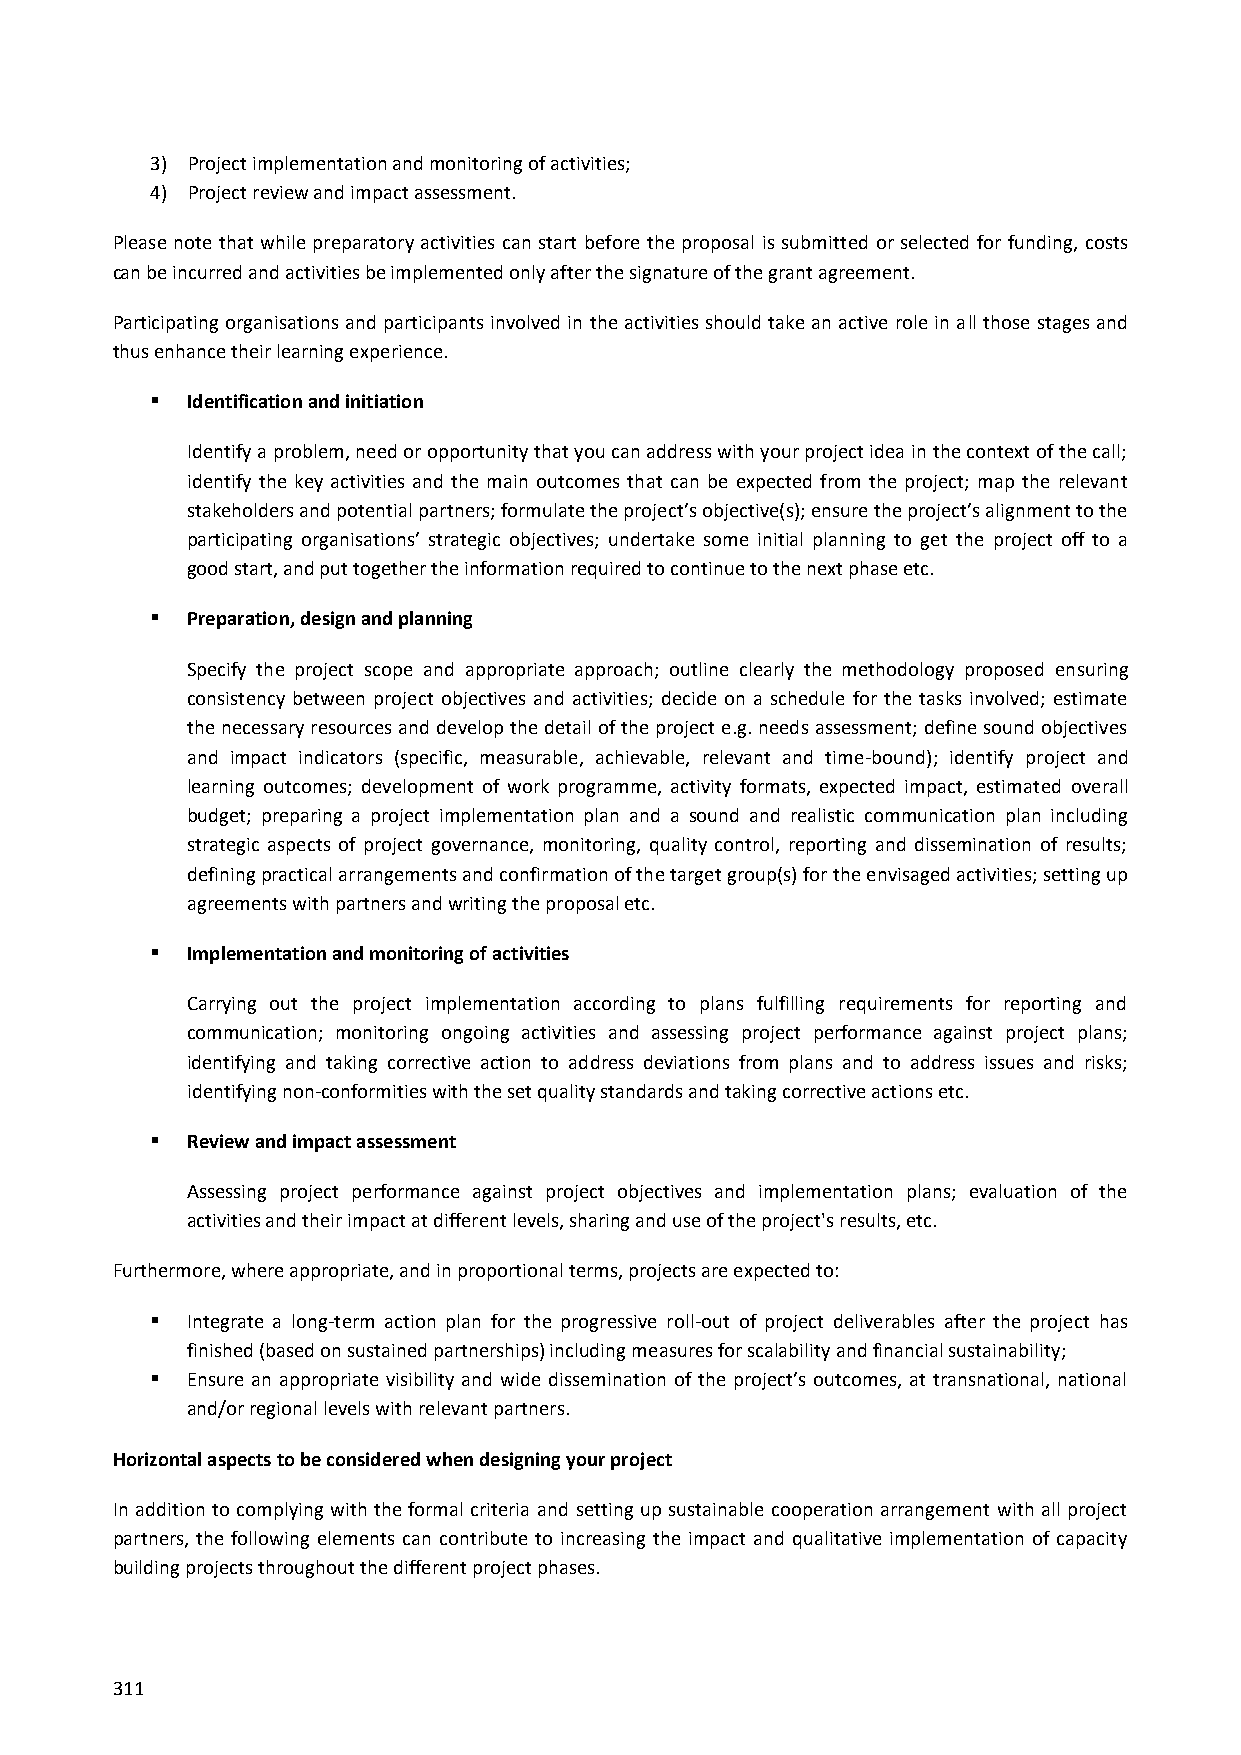
3) Project implementation and monitoring of activities;
 4) Project review and impact assessment.
 Please note that while preparatory activities can start before the proposal is submitted or selected for funding, costs
 can be incurred and activities be implemented only after the signature of the grant agreement.
 Participating organisations and participants involved in the activities should take an active role in all those stages and
 thus enhance their learning experience.
  Identification and initiation
 Identify a problem, need or opportunity that you can address with your project idea in the context of the call;
 identify the key activities and the main outcomes that can be expected from the project; map the relevant
 stakeholders and potential partners; formulate the project’s objective(s); ensure the project’s alignment to the
 participating organisations’ strategic objectives; undertake some initial planning to get the project off to a
 good start, and put together the information required to continue to the next phase etc.
  Preparation, design and planning
 Specify the project scope and appropriate approach; outline clearly the methodology proposed ensuring
 consistency between project objectives and activities; decide on a schedule for the tasks involved; estimate
 the necessary resources and develop the detail of the project e.g. needs assessment; define sound objectives
 and impact indicators (specific, measurable, achievable, relevant and time-bound); identify project and
 learning outcomes; development of work programme, activity formats, expected impact, estimated overall
 budget; preparing a project implementation plan and a sound and realistic communication plan including
 strategic aspects of project governance, monitoring, quality control, reporting and dissemination of results;
 defining practical arrangements and confirmation of the target group(s) for the envisaged activities; setting up
 agreements with partners and writing the proposal etc.
  Implementation and monitoring of activities
 Carrying out the project implementation according to plans fulfilling requirements for reporting and
 communication; monitoring ongoing activities and assessing project performance against project plans;
 identifying and taking corrective action to address deviations from plans and to address issues and risks;
 identifying non-conformities with the set quality standards and taking corrective actions etc.
  Review and impact assessment
 Assessing project performance against project objectives and implementation plans; evaluation of the
 activities and their impact at different levels, sharing and use of the project's results, etc.
 Furthermore, where appropriate, and in proportional terms, projects are expected to:
  Integrate a long-term action plan for the progressive roll-out of project deliverables after the project has
 finished (based on sustained partnerships) including measures for scalability and financial sustainability;
  Ensure an appropriate visibility and wide dissemination of the project’s outcomes, at transnational, national
 and/or regional levels with relevant partners.
 Horizontal aspects to be considered when designing your project
 In addition to complying with the formal criteria and setting up sustainable cooperation arrangement with all project
 partners, the following elements can contribute to increasing the impact and qualitative implementation of capacity
 building projects throughout the different project phases.
 311